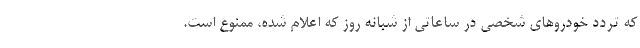
که تردد خودروهای شخصی در ساعاتی از شبانه روز که اعلام شده، ممنوع است.